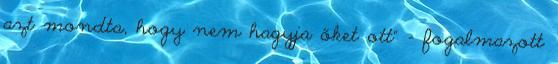
azt mondta, hogy nem hagyja őket ott" - fogalmazott